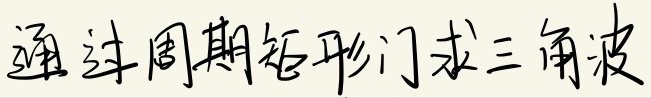
通过周期矩形门求三角波